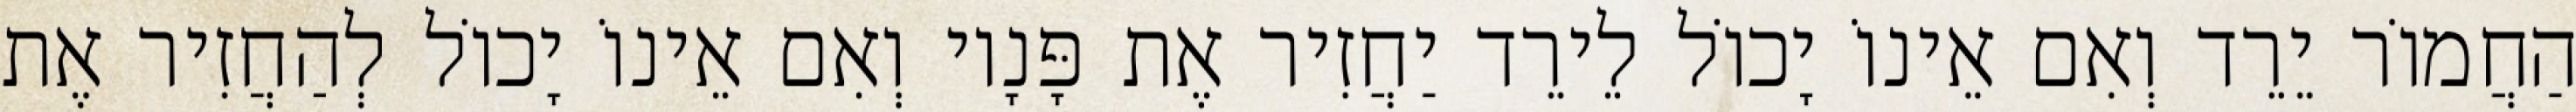
הַחֲמוֹר יֵרֵד וְאִם אֵינוֹ יָכוֹל לֵירֵד יַחֲזִיר אֶת פָּנָיו וְאִם אֵינוֹ יָכוֹל לְהַחֲזִיר אֶת